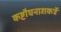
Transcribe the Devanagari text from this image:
कष्टौघनाशकर्त्रे